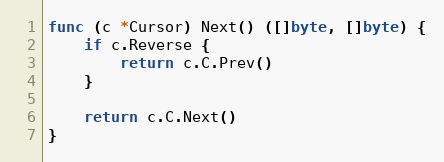
Language: Go
func (c *Cursor) Next() ([]byte, []byte) {
	if c.Reverse {
		return c.C.Prev()
	}

	return c.C.Next()
}